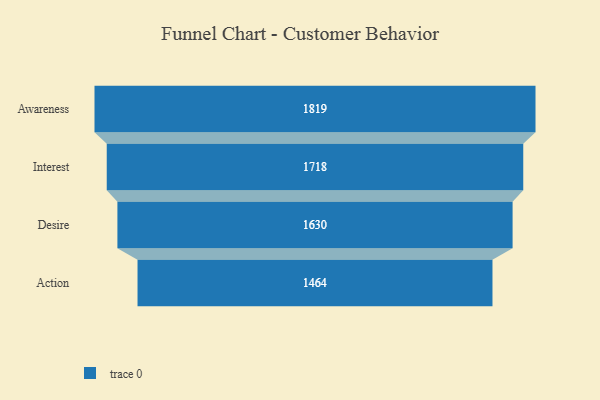
{"axis": {"x": "Stage", "y": "Value"}, "legend": [""], "data": [{"x": "Awareness", "y": 1819.0, "type": ""}, {"x": "Interest", "y": 1718.0, "type": ""}, {"x": "Desire", "y": 1630.0, "type": ""}, {"x": "Action", "y": 1464.0, "type": ""}]}